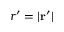
r ^ { \prime } = | \mathbf { r } ^ { \prime } |